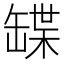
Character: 𦉃